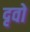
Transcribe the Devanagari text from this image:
दृवो